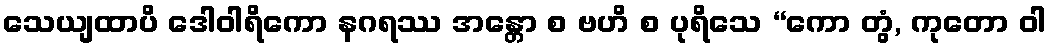
သေယျထာပိ ဒေါဝါရိကော နဂရဿ အန္တော စ ဗဟိ စ ပုရိသေ “ကော တွံ, ကုတော ဝါ